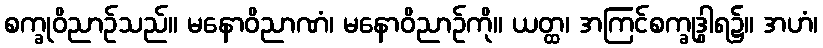
စက္ခုဝိညာဉ်သည်။ မနောဝိညာဏံ၊ မနောဝိညာဉ်ကို။ ယတ္ထ၊ အကြင်စက္ခုဒွါရ၌။ အဟံ၊